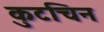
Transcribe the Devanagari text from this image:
कुटचिन